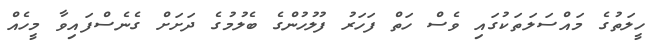
ހީލަތުގެ މައްސަލަތަކުގައި ވެސް ހަތް ފަހަރު ފުލުހުންގެ ބެލުމުގެ ދަށަށް ގެނެސްފައިވާ މީހެއް